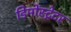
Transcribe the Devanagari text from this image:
डिमोंस्ट्रेटर